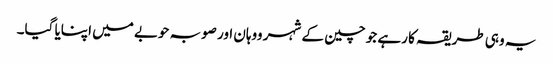
یہ وہی طریقہ کا رہے جو چین کے شہر ووہان اور صوبہ حوبے میں اپنایا گیا۔